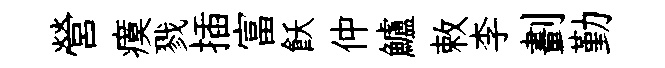
營瘼戮插富飫仲鱸敕李劃勤